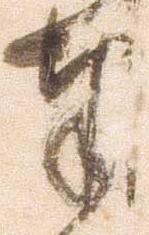
奉